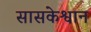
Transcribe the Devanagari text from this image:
सासकेश्वान